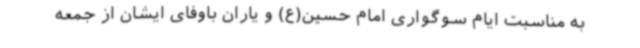
به مناسبت ایام سوگواری امام حسین‌(ع) و یاران باوفای ایشان از جمعه